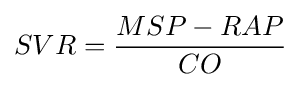
SVR={\frac {MSP-RAP}{CO}}